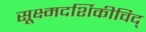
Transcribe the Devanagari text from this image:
सूक्ष्मदर्शिकीविद्